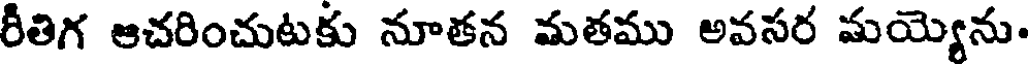
రీతిగ ఆచరించుటకు నూతన మతము అవసర మయ్యెను